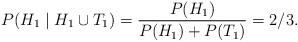
LaTeX: \begin{align*}P(H_{1}\mid H_{1}\cup T_{1}) = \frac{P(H_{1})}{P(H_{1}) + P(T_{1})} = 2/3.\end{align*}